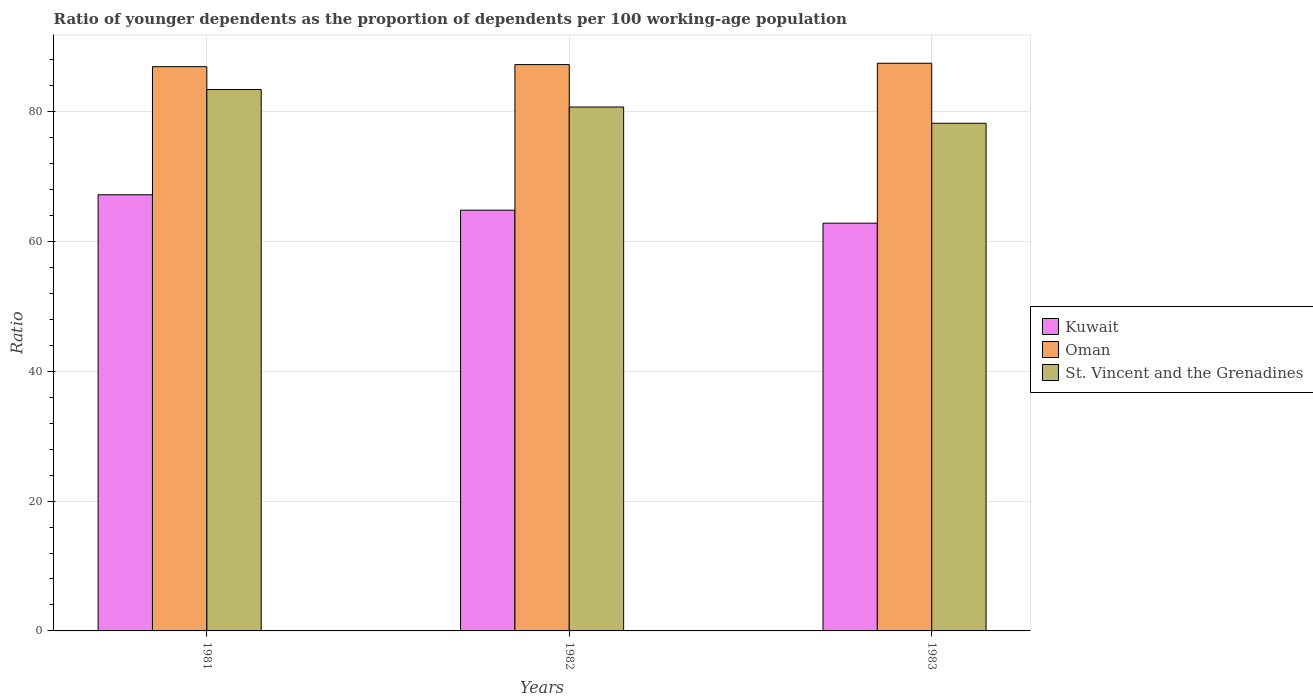
| Years | Kuwait | Oman | St. Vincent and the Grenadines |
 | --- | --- | --- | --- |
 | 1981 | 67.2 | 86.9 | 83.4 |
 | 1982 | 64.8 | 87.3 | 80.7 |
 | 1983 | 62.8 | 87.5 | 78.2 |